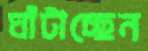
ঘাঁটাচ্ছেন